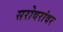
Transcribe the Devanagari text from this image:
सरोवरांवर